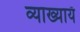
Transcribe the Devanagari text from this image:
व्याख्यायँ